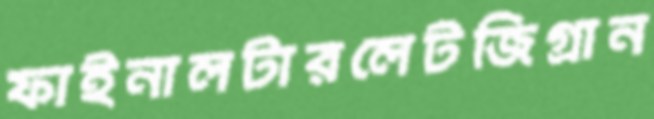
ফাইনালটারলেটজিগ্রান